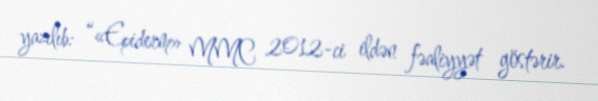
yazılıb: “«Epiderm» MMC 2012-ci ildən fəaliyyət göstərir.